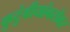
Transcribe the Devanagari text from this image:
कुटुंबीयांबरोबर